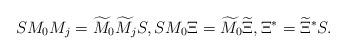
LaTeX: \begin{align*}S M_0 M_j = \widetilde{M}_0 \widetilde{M}_j S, S M_0 \Xi = \widetilde{M}_0 \widetilde{\Xi}, \Xi^\ast = \widetilde{\Xi}^\ast S.\end{align*}